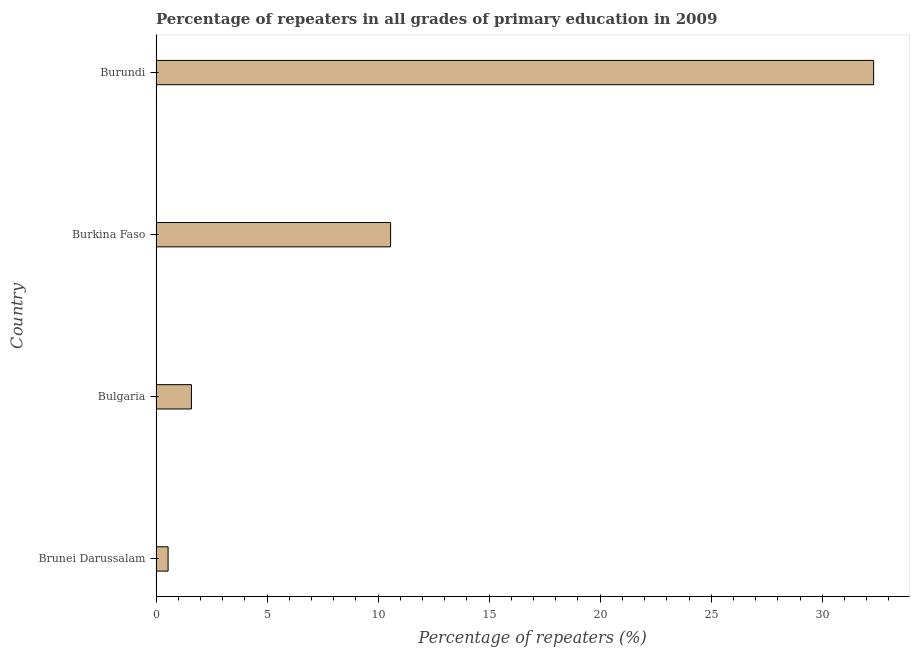
| Country | Repeaters in primary education |
 | --- | --- |
 | Brunei Darussalam | 0.544 |
 | Bulgaria | 1.59 |
 | Burkina Faso | 10.6 |
 | Burundi | 32.3 |